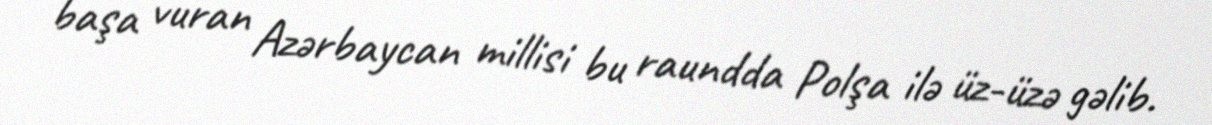
başa vuran Azərbaycan millisi bu raundda Polşa ilə üz-üzə gəlib.